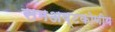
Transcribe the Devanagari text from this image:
समअष्टकोणीय